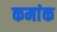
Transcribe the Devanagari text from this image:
कमांक